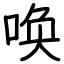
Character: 唤